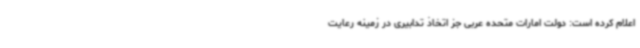
اعلام کرده است: دولت امارات متحده عربی جز اتخاذ تدابیری در زمینه رعایت